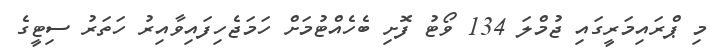
މި ޕްރައިމަރީގައި ޖުމްލަ 134 ވޯޓު ފޮށި ބެހެއްޓުމަށް ހަމަޖެހިފައިވާއިރު ހަތަރު ސިޓީގެ